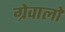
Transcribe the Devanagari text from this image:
ग्रेवालों